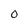
Character: O